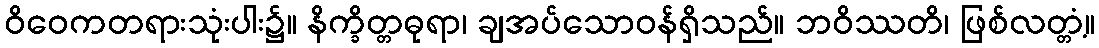
ဝိဝေကတရားသုံးပါး၌။ နိက္ခိတ္တဓုရာ၊ ချအပ်သောဝန်ရှိသည်။ ဘဝိဿတိ၊ ဖြစ်လတ္တံ့။